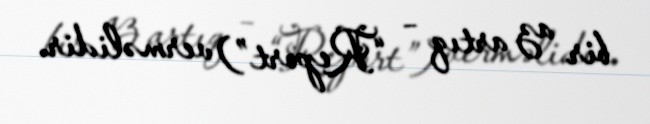
bir az artıq – “Report”) verməlidir.